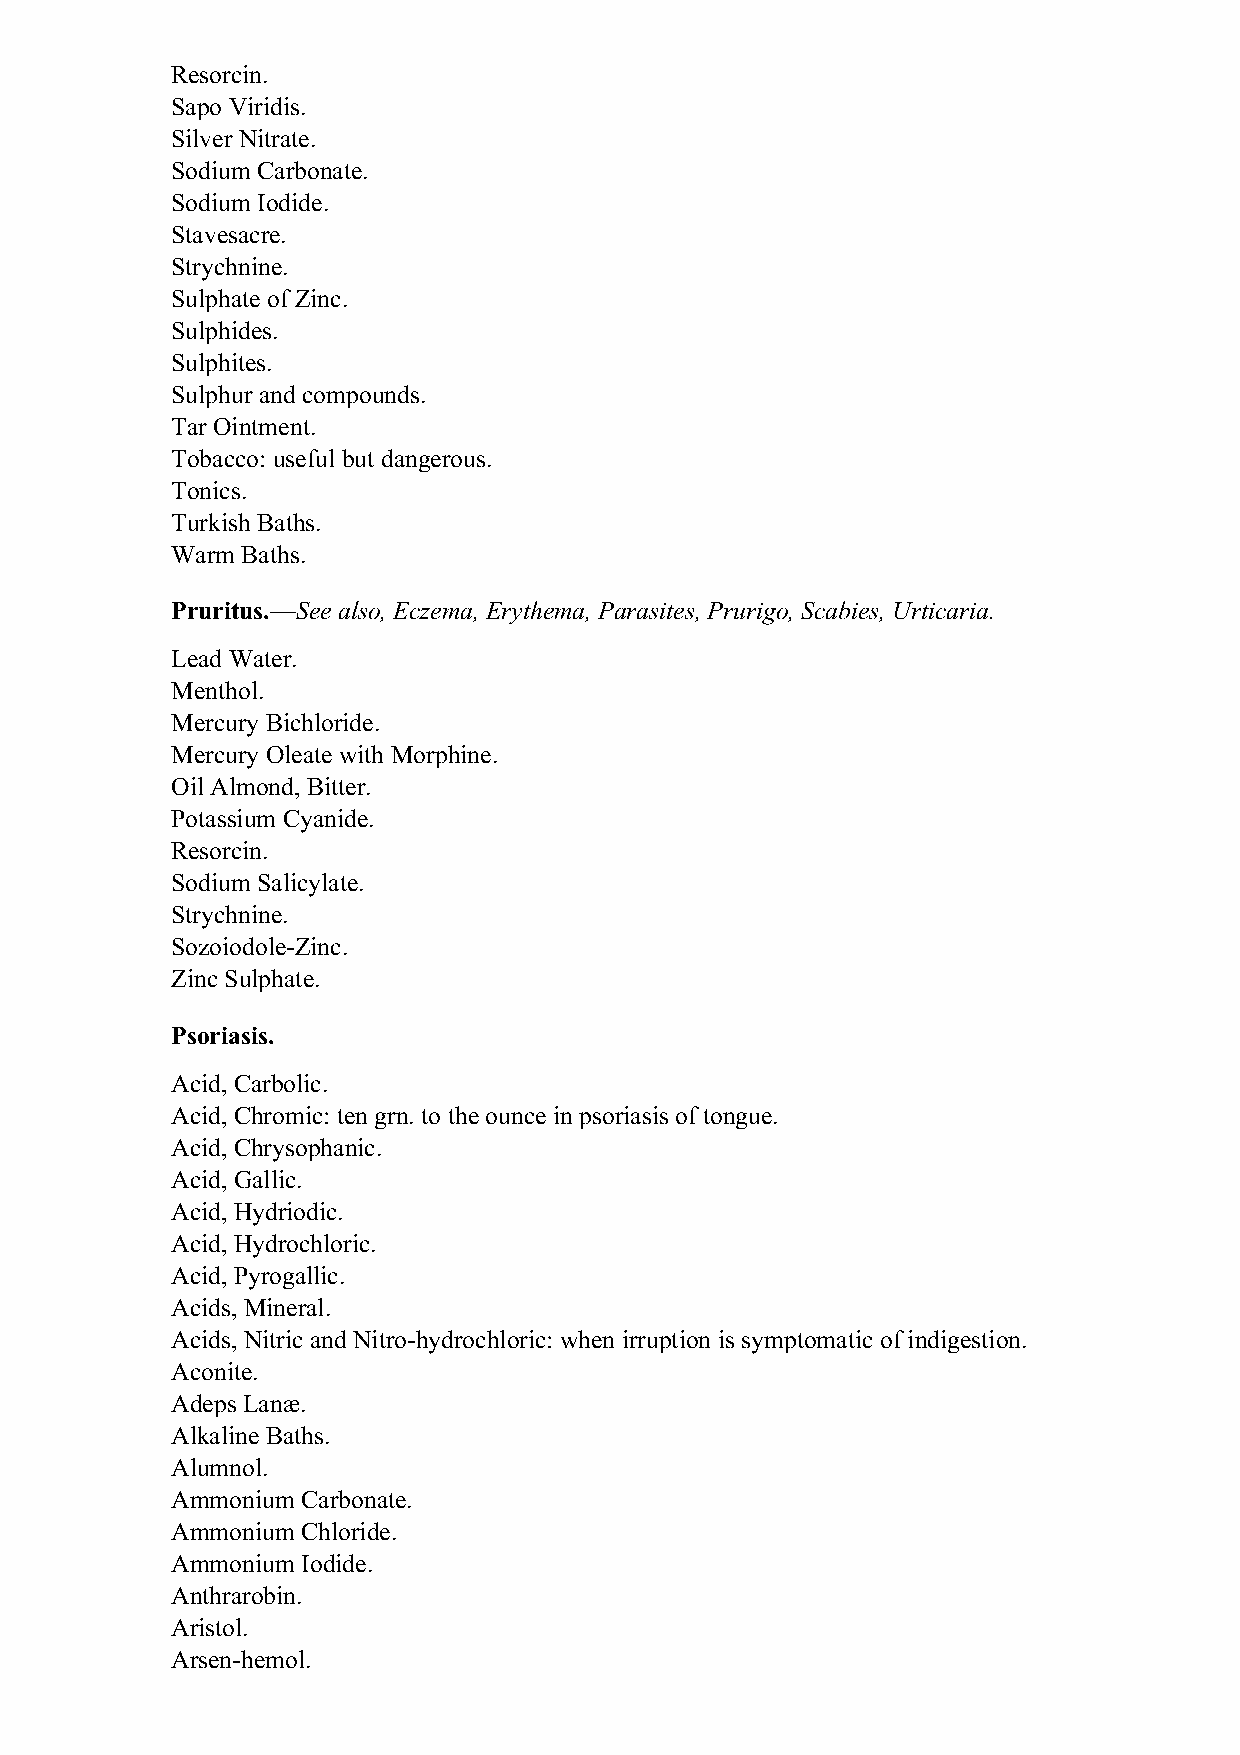
Resorcin.
 Sapo Viridis.
 Silver Nitrate.
 Sodium Carbonate.
 Sodium Iodide.
 Stavesacre.
 Strychnine.
 Sulphate of Zinc.
 Sulphides.
 Sulphites.
 Sulphur and compounds.
 Tar Ointment.
 Tobacco: useful but dangerous.
 Tonics.
 Turkish Baths.
 Warm Baths.
 Pruritus.—See also, Eczema, Erythema, Parasites, Prurigo, Scabies, Urticaria.
 Lead Water.
 Menthol.
 Mercury Bichloride.
 Mercury Oleate with Morphine.
 Oil Almond, Bitter.
 Potassium Cyanide.
 Resorcin.
 Sodium Salicylate.
 Strychnine.
 Sozoiodole-Zinc.
 Zinc Sulphate.
 Psoriasis.
 Acid, Carbolic.
 Acid, Chromic: ten grn. to the ounce in psoriasis of tongue.
 Acid, Chrysophanic.
 Acid, Gallic.
 Acid, Hydriodic.
 Acid, Hydrochloric.
 Acid, Pyrogallic.
 Acids, Mineral.
 Acids, Nitric and Nitro-hydrochloric: when irruption is symptomatic of indigestion.
 Aconite.
 Adeps Lanæ.
 Alkaline Baths.
 Alumnol.
 Ammonium Carbonate.
 Ammonium Chloride.
 Ammonium Iodide.
 Anthrarobin.
 Aristol.
 Arsen-hemol.